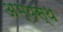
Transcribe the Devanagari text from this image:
अभ्यस्थ